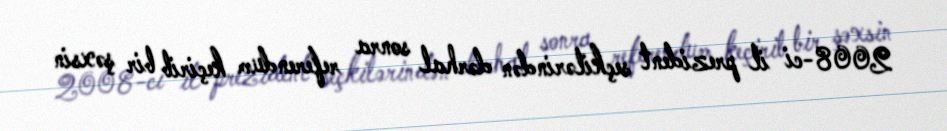
2008-ci il prezident seçkilərindən dərhal sonra referendum keçirib bir şəxsin